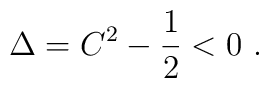
\Delta = C^2 - {1\over 2}<0 \ .